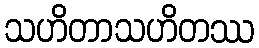
သဟိတာသဟိတဿ